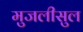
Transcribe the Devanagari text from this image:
मुजलीसुल